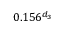
0 . 1 5 6 ^ { d _ { 3 } }